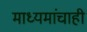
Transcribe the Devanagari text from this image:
माध्यमांचाही